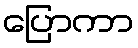
ပြောကာ